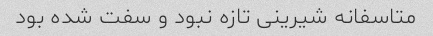
متاسفانه شیرینی تازه نبود و سفت شده بود